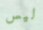
ليس